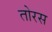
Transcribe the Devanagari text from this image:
तोरस